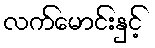
လက်မောင်းနှင့်